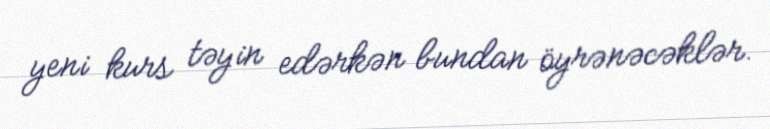
yeni kurs təyin edərkən bundan öyrənəcəklər.